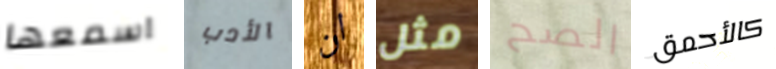
اسمعها الأدب ان مثل الصح كالأحمق